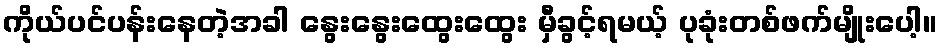
ကိုယ်ပင်ပန်းနေတဲ့အခါ နွေးနွေးထွေးထွေး မှီခွင့်ရမယ့် ပုခုံးတစ်ဖက်မျိုးပေါ့။